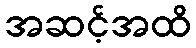
အဆင့်အထိ